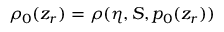
\rho _ { 0 } ( z _ { r } ) = \rho ( \eta , S , p _ { 0 } ( z _ { r } ) )